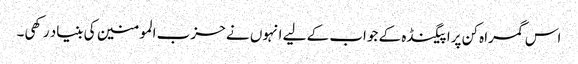
اس گمراہ کن پراپیگنڈہ کے جواب کے لیے انہوں نے حزب المومنین کی بنیاد رکھی۔